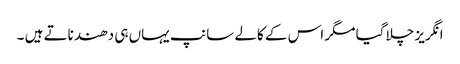
انگریز چلا گیا مگر اس کے کالے سانپ یہاں ہی دھندناتے ہیں ۔